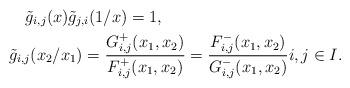
LaTeX: \begin{align*}&\quad \tilde{g}_{i,j}(x)\tilde{g}_{j,i}(1/x)=1,\\&\tilde{g}_{i,j}(x_2/x_1)=\frac{G^+_{i,j}(x_1,x_2)}{F^+_{i,j}(x_1,x_2)}=\frac{F^-_{i,j}(x_1,x_2)}{G^{-}_{i,j}(x_1,x_2)}i,j\in I.\end{align*}